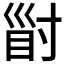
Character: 𡬲